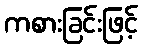
ကစားခြင်းဖြင့်